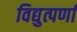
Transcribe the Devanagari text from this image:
विद्युत्पर्णा